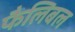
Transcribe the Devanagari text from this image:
फैलिबल